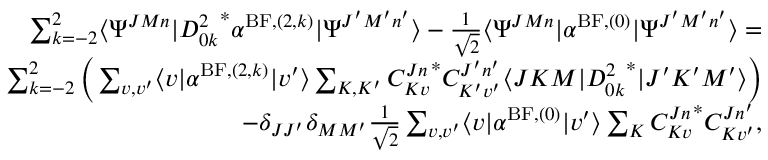
\begin{array} { r } { \sum _ { k = - 2 } ^ { 2 } \langle \Psi ^ { J M n } \vert { D _ { 0 k } ^ { 2 } } ^ { * } \alpha ^ { \mathrm { B F } , ( 2 , k ) } \vert \Psi ^ { J ^ { \prime } M ^ { \prime } n ^ { \prime } } \rangle - \frac { 1 } { \sqrt { 2 } } \langle \Psi ^ { J M n } \vert \alpha ^ { \mathrm { B F } , ( 0 ) } \vert \Psi ^ { J ^ { \prime } M ^ { \prime } n ^ { \prime } } \rangle = } \\ { \sum _ { k = - 2 } ^ { 2 } \Big ( \sum _ { v , v ^ { \prime } } \langle v \vert \alpha ^ { \mathrm { B F } , ( 2 , k ) } \vert v ^ { \prime } \rangle \sum _ { K , K ^ { \prime } } { C _ { K v } ^ { J n } } ^ { * } C _ { K ^ { \prime } v ^ { \prime } } ^ { J ^ { \prime } n ^ { \prime } } \langle J K M \vert { D _ { 0 k } ^ { 2 } } ^ { * } \vert J ^ { \prime } K ^ { \prime } M ^ { \prime } \rangle \Big ) } \\ { - \delta _ { J J ^ { \prime } } \delta _ { M M ^ { \prime } } \frac { 1 } { \sqrt { 2 } } \sum _ { v , v ^ { \prime } } \langle v \vert \alpha ^ { \mathrm { B F } , ( 0 ) } \vert v ^ { \prime } \rangle \sum _ { K } { C _ { K v } ^ { J n } } ^ { * } C _ { K v ^ { \prime } } ^ { J n ^ { \prime } } , } \end{array}